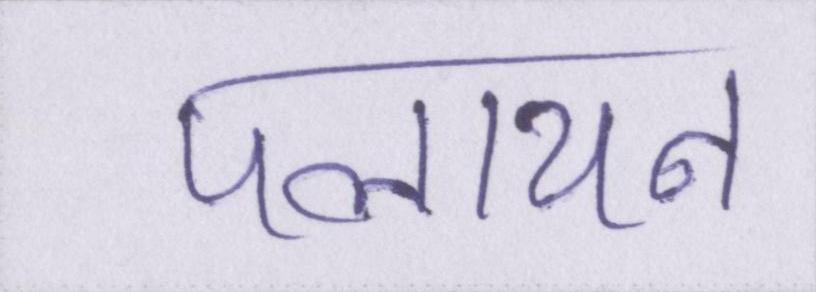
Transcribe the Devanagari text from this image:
पलायन